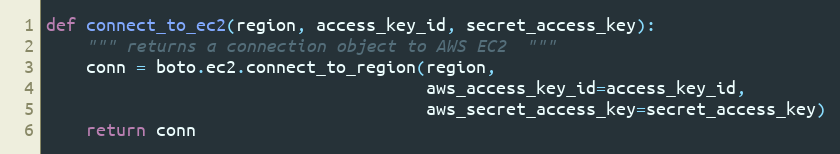
Language: Python
def connect_to_ec2(region, access_key_id, secret_access_key):
    """ returns a connection object to AWS EC2  """
    conn = boto.ec2.connect_to_region(region,
                                      aws_access_key_id=access_key_id,
                                      aws_secret_access_key=secret_access_key)
    return conn